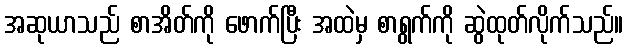
အဆုယာသည် စာအိတ်ကို ဖောက်ပြီး အထဲမှ စာရွက်ကို ဆွဲထုတ်လိုက်သည်။